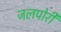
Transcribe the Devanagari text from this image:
जलपोरी